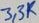
Text: 3,3K